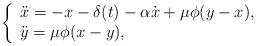
LaTeX: \begin{align*} \left\{\begin{array}{l} \ddot x= -x -\delta(t) -\alpha \dot x+\mu\phi(y-x),\\ \ddot y=\mu\phi(x-y), \end{array}\right.\end{align*}